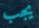
يجب